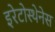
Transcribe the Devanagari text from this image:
इरेटोस्थेनेस